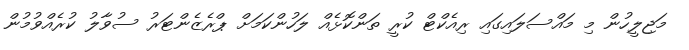
މަޖިލީހުން މި މައްސަލައިގައި ރިއެކްޓް ކުރީ ތަންކޮޅެއް ލަހުންކަމަށް ޕްރެޒެންޓަރު ސުވާލު ކުރެއްވުމުން